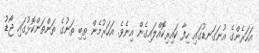
އަހަރެންގެ އުނަގަނޑުގައި ހިފާ ކައިރިކޮއްލައިގެން އިނެވެ. އަހަރުމެން ތިބި ތަނުގެ ތަންތަންކޮޅުގައި ޖޯޑު